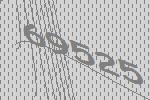
69525